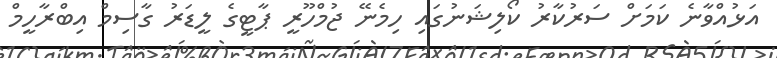
އަޅުއްވާނެ ކަމަށް ސަރުކާރު ކޯލިޝަނުގައި ހިމެނޭ ޖުމްހޫރީ ޕާޓީގެ ލީޑަރު ގާސިމް އިބްރާހީމް